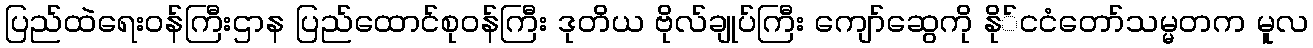
ပြည်ထဲရေးဝန်ကြီးဌာန ပြည်ထောင်စုဝန်ကြီး ဒုတိယ ဗိုလ်ချုပ်ကြီး ကျော်ဆွေကို နို်ငငံတော်သမ္မတက မူလ